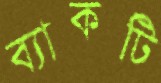
ব্যাকটি